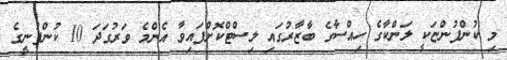
މި ކުންފުންޏަކީ ލަންކާގެ ހިއްސާގެ ބާޒާރުގައި ލިސްޓްކޮށްފައިވާ އެންމެ ވަރުގަދަ 10 ކުންފުނީގެ